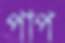
পাপ